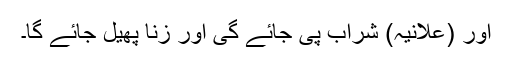
اور (علانیہ) شراب پی جائے گی اور زنا پھیل جائے گا۔